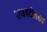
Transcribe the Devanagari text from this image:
राजवटीतहत